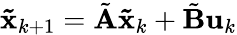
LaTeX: \mathbf{\tilde{x}}_{k+1}=\tilde{\mathbf{A}}\mathbf{\tilde{x}}_{k}+\tilde{\mathbf{B}}\mathbf{u}_{k}